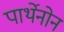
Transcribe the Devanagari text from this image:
पार्थेनोन